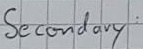
Text: Secondary